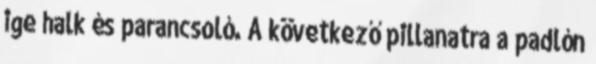
ige halk és parancsoló. A következő pillanatra a padlón